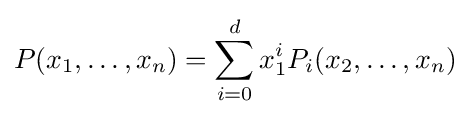
P(x_{1},\dots ,x_{n})=\sum _{i=0}^{d}x_{1}^{i}P_{i}(x_{2},\dots ,x_{n})